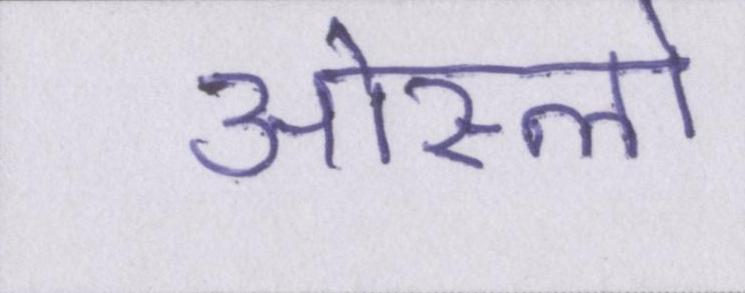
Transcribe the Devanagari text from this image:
ओस्लो